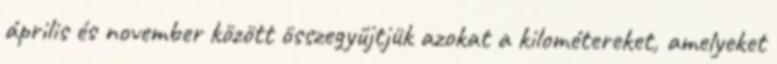
április és november között összegyűjtjük azokat a kilométereket, amelyeket